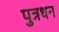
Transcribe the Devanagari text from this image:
पुत्रधन